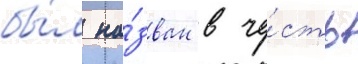
бы́л на́зван в че́сть